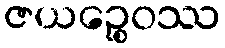
ဇယဉ္စေဝဿ